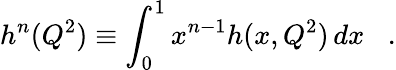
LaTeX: h^{n}(Q^{2})\equiv\int_{0}^{1}x^{n-1}h(x,Q^{2})\, dx\; \; \; .